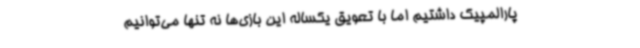
پارالمپیک داشتیم اما با تعویق یکساله این بازی‌ها نه تنها می‌توانیم